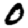
Digit: 0